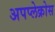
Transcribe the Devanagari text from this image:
अपप्लेक्रोस